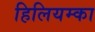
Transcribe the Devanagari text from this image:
हिलियम्का